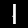
Label: 1